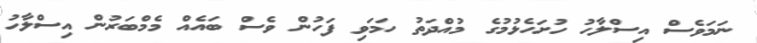
ނަމަވެސް އިސްލާހު ހުށަހެޅުމުގެ މުއްދަތު ހަމަވި ފަހުން ވެސް ބައެއް މެމްބަރުން އިސްލާހު